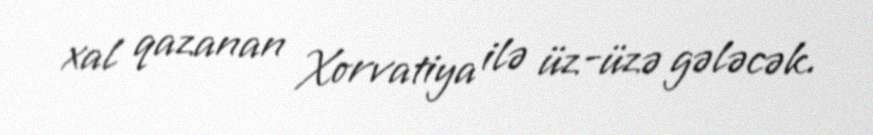
xal qazanan Xorvatiya ilə üz-üzə gələcək.